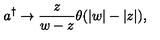
a ^ { \dagger } \rightarrow \frac z { w - z } \theta ( | w | - | z | ) ,